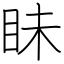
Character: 眛